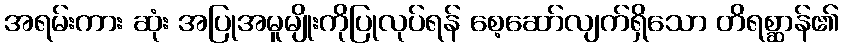
အရမ်းကား ဆုံး အပြုအမူမျိုးကိုပြုလုပ်ရန် စေ့ဆော်လျက်ရှိသော တိရစ္ဆာန်၏